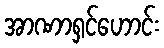
အာဏာရှင်ဟောင်း